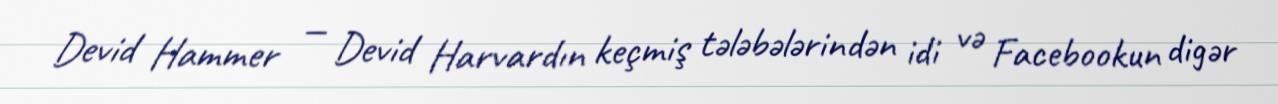
Devid Hammer — Devid Harvardın keçmiş tələbələrindən idi və Facebookun digər